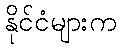
နိုင်ငံများက